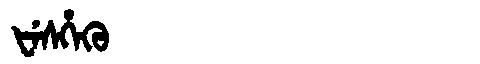
Manchu: ᡶᡝᠰᡥᡝᡴᡠ
Romanization: FESHEKU